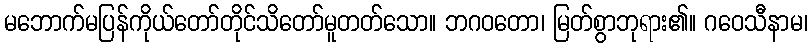
မဘောက်မပြန်ကိုယ်တော်တိုင်သိတော်မူတတ်သော။ ဘဂဝတော၊ မြတ်စွာဘုရား၏။ ဂဝေသီနာမ၊